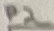
Text: P2